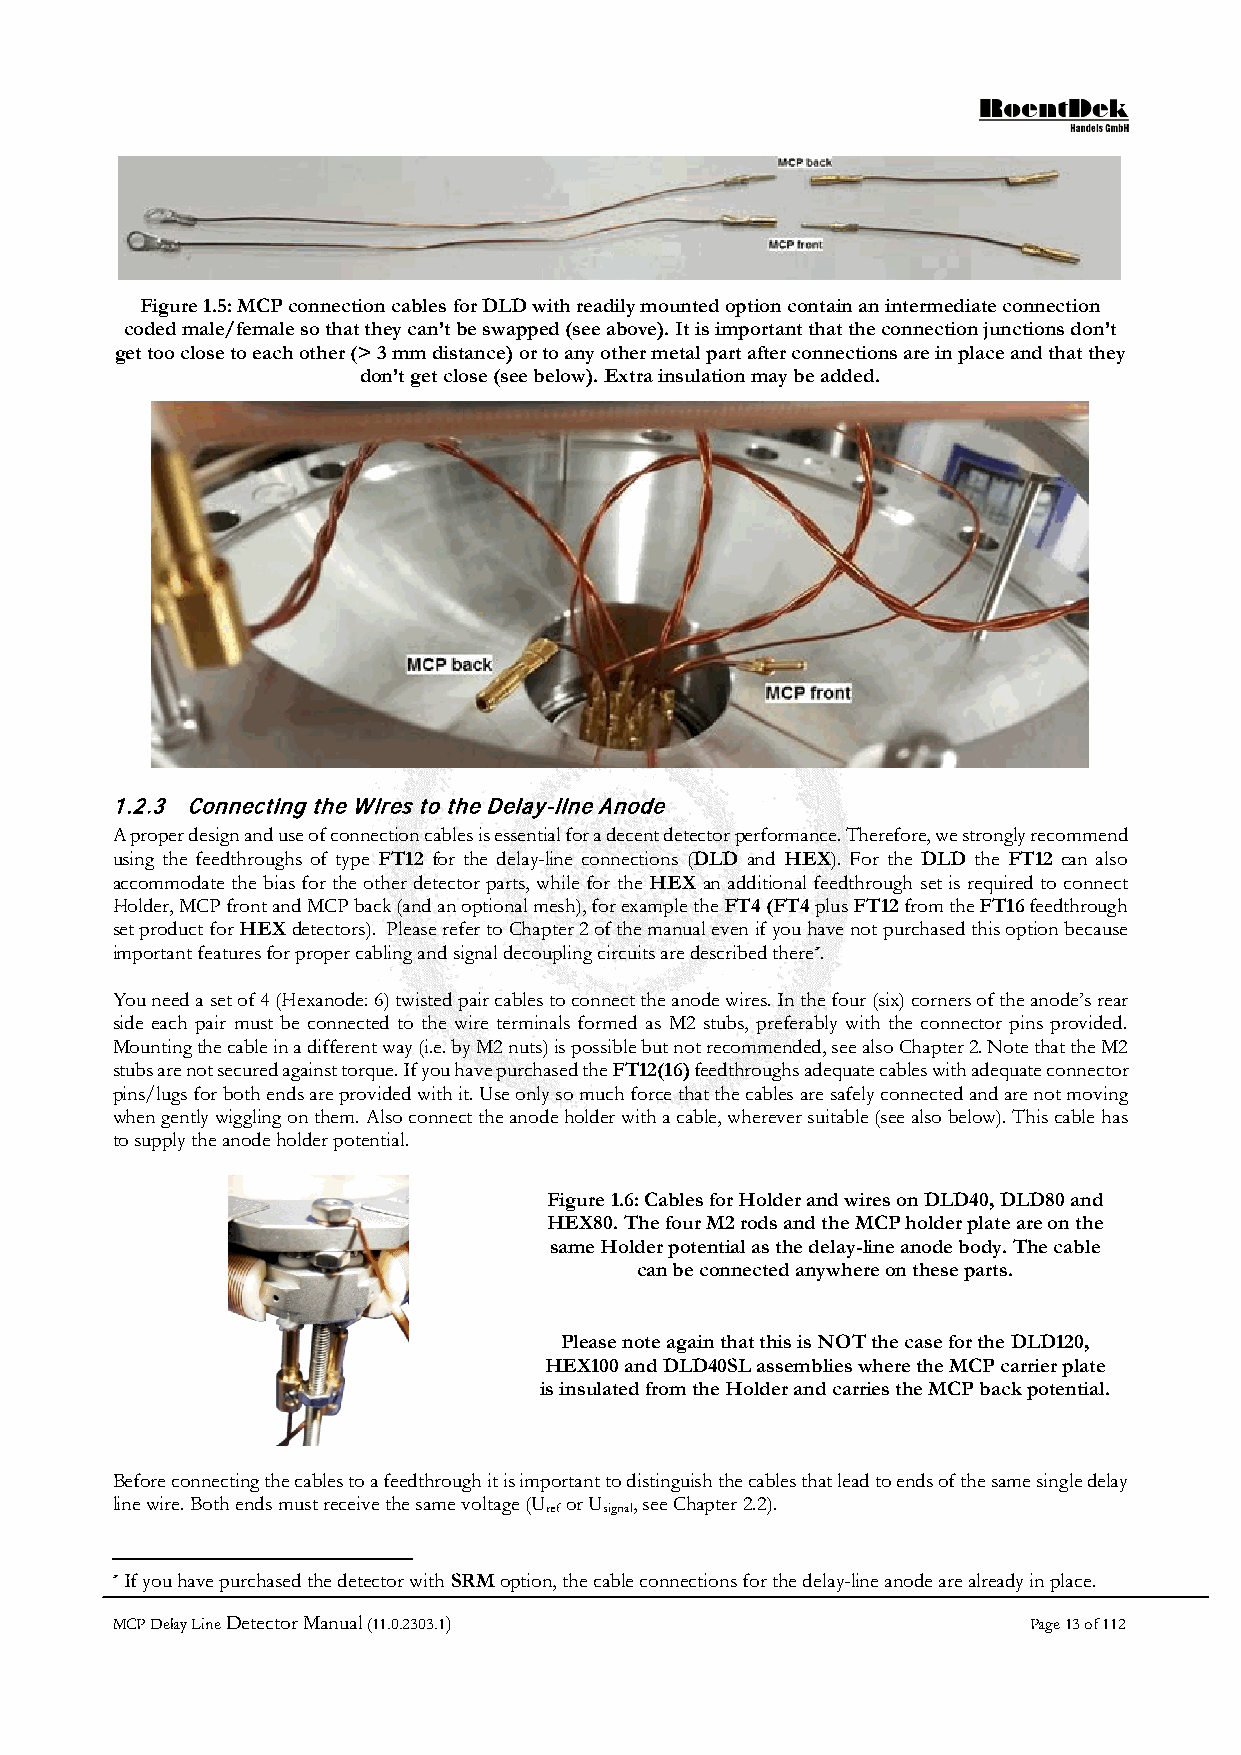
Figure 1.5: MCP connection cables for DLD with readily mounted option contain an intermediate connection
 coded male/female so that they can’t be swapped (see above). It is important that the connection junctions don’t
 get too close to each other (> 3 mm distance) or to any other metal part after connections are in place and that they
 don’t get close (see below). Extra insulation may be added.
 1.2.3 Connecting the Wires to the Delay-line Anode
 A proper design and use of connection cables is essential for a decent detector performance. Therefore, we strongly recommend
 using the feedthroughs of type FT12 for the delay-line connections (DLD and HEX). For the DLD the FT12 can also
 accommodate the bias for the other detector parts, while for the HEX an additional feedthrough set is required to connect
 Holder, MCP front and MCP back (and an optional mesh), for example the FT4 (FT4 plus FT12 from the FT16 feedthrough
 set product for HEX detectors). Please refer to Chapter 2 of the manual even if you have not purchased this option because
 important features for proper cabling and signal decoupling circuits are described there*.
 You need a set of 4 (Hexanode: 6) twisted pair cables to connect the anode wires. In the four (six) corners of the anode’s rear
 side each pair must be connected to the wire terminals formed as M2 stubs, preferably with the connector pins provided.
 Mounting the cable in a different way (i.e. by M2 nuts) is possible but not recommended, see also Chapter 2. Note that the M2
 stubs are not secured against torque. If you have purchased the FT12(16) feedthroughs adequate cables with adequate connector
 pins/lugs for both ends are provided with it. Use only so much force that the cables are safely connected and are not moving
 when gently wiggling on them. Also connect the anode holder with a cable, wherever suitable (see also below). This cable has
 to supply the anode holder potential.
 Figure 1.6: Cables for Holder and wires on DLD40, DLD80 and
 HEX80. The four M2 rods and the MCP holder plate are on the
 same Holder potential as the delay-line anode body. The cable
 can be connected anywhere on these parts.
 Please note again that this is NOT the case for the DLD120,
 HEX100 and DLD40SL assemblies where the MCP carrier plate
 is insulated from the Holder and carries the MCP back potential.
 Before connecting the cables to a feedthrough it is important to distinguish the cables that lead to ends of the same single delay
 line wire. Both ends must receive the same voltage (U or U , see Chapter 2.2).
 ref signal
 * If you have purchased the detector with SRM option, the cable connections for the delay-line anode are already in place.
 MCP Delay Line Detector Manual (11.0.2303.1)                 Page 13 of 112